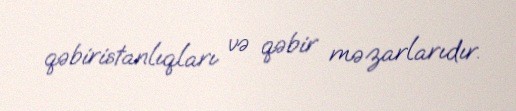
qəbiristanlıqları və qəbir məzarlarıdır.